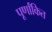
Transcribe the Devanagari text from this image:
पूर्णांकित